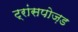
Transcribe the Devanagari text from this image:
ट्रांसपोज़ड